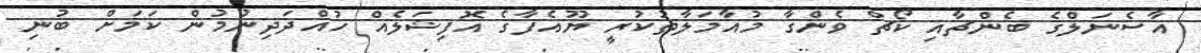
އާސެނަލްގެ ބެންޗާއި ކޯޗް ވެންގާ މުއާމަލާތުކުރީ ޔޫއެފާގެ އޮފިޝަލެއް ހުއްދަދިނުމުން ކަމަށް ބުނި